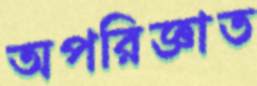
অপরিজ্ঞাত